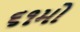
૬૧મો